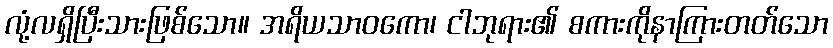
လုံ့လရှိပြီးသားဖြစ်သော။ အရိယသာဝကော၊ ငါဘုရား၏ စကားကိုနာကြားတတ်သော